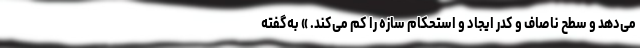
می‌دهد و سطح ناصاف و کدر ایجاد و استحکام سازه را کم می‌کند. » به‌گفته